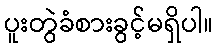
ပူးတွဲခံစားခွင့်မရှိပါ။